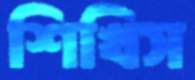
শিখিস